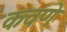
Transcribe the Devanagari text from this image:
कवणे